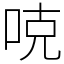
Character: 𠳭